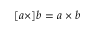
[ { \boldsymbol { a } } \times ] { \boldsymbol { b } } = { \boldsymbol { a } } \times { \boldsymbol { b } }